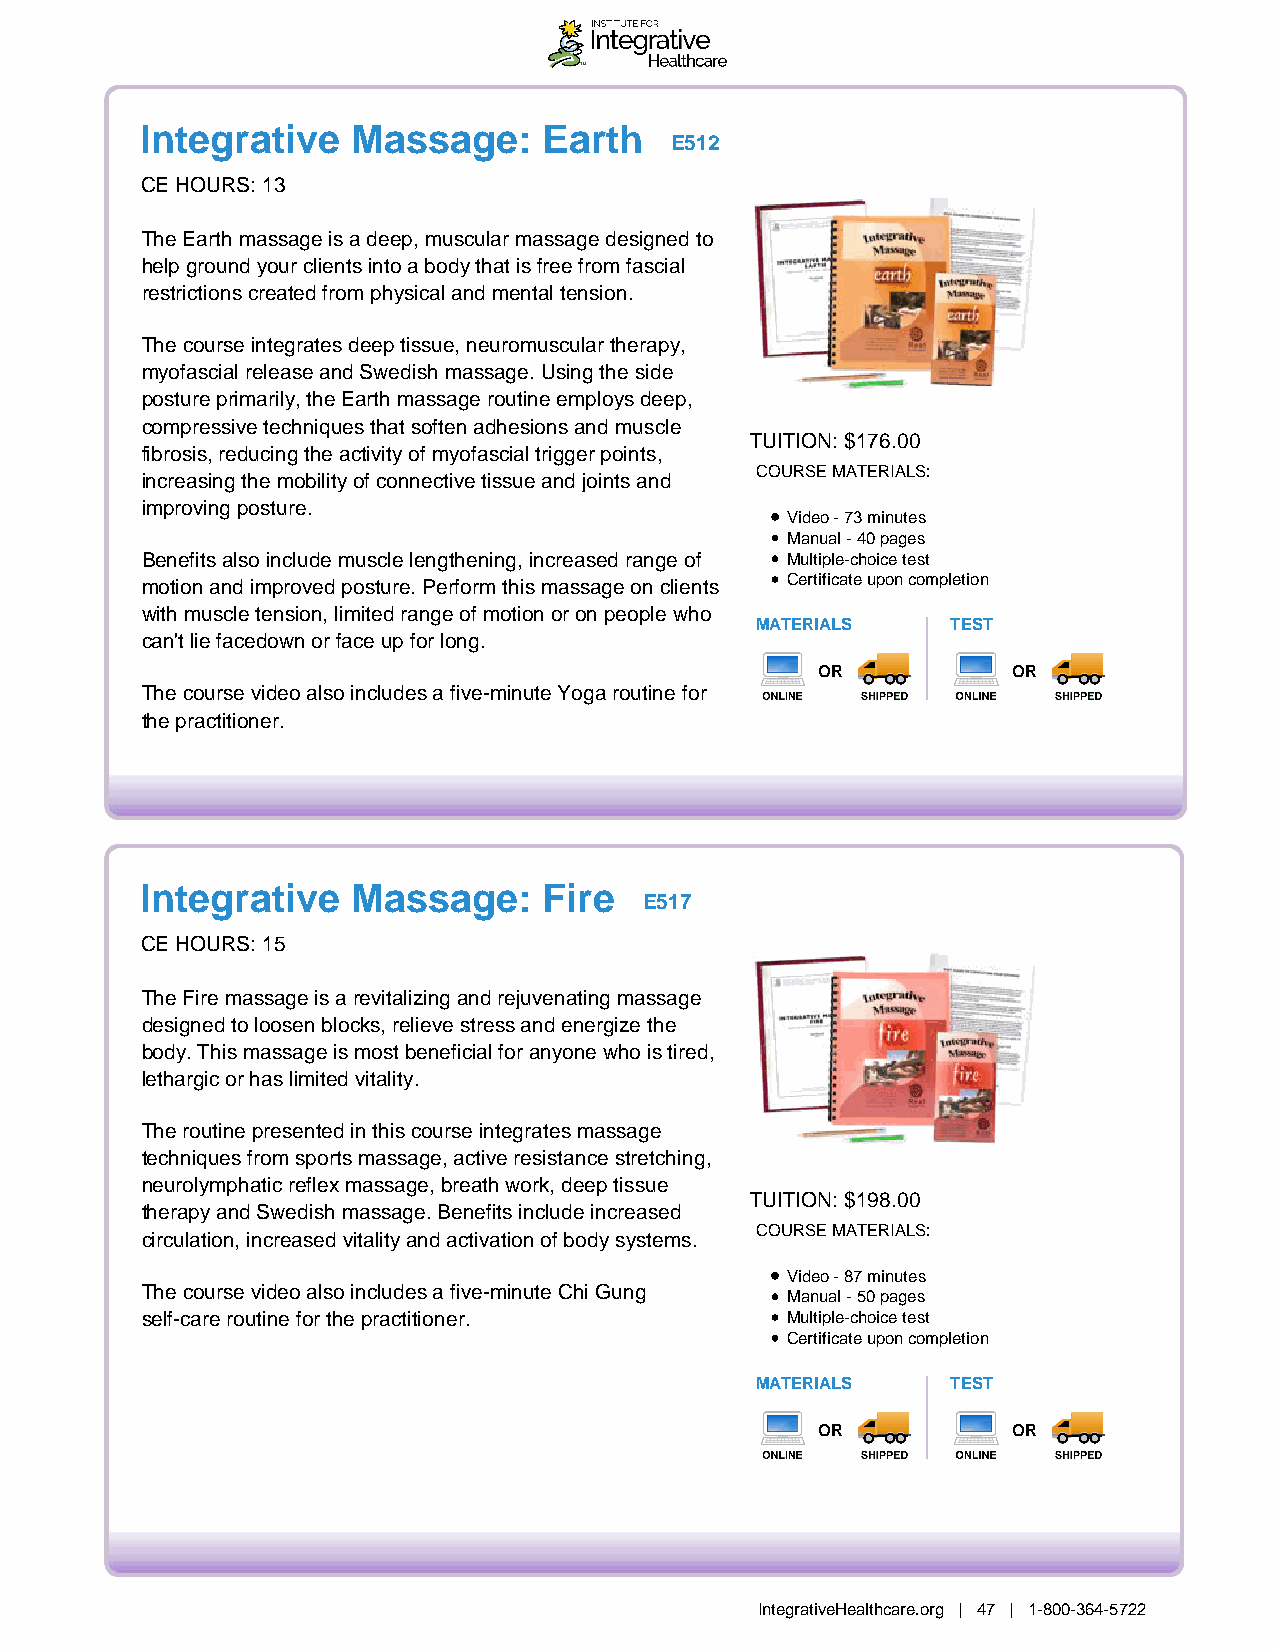
Integrative   Massage:     Earth
 E512
 CE HOURS: 13
 The Earth massage is a deep, muscular massage designed to
 help ground your clients into a body that is free from fascial
 restrictions created from physical and mental tension.
 The course integrates deep tissue, neuromuscular therapy,
 myofascial release and Swedish massage. Using the side
 posture primarily, the Earth massage routine employs deep,
 compressive techniques that soften adhesions and muscle
 TUITION: $176.00
 fibrosis, reducing the activity of myofascial trigger points,
 COURSE MATERIALS:
 increasing the mobility of connective tissue and joints and
 improving posture.
 Video - 73 minutes
 Manual - 40 pages
 Benefits also include muscle lengthening, increased range of Multiple-choice test
 motion and improved posture. Perform this massage on clients Certificate upon completion
 with muscle tension, limited range of motion or on people who
 MATERIALS    TEST
 can't lie facedown or face up for long.
 OR           OR
 The course video also includes a five-minute Yoga routine for
 the practitioner.
 Integrative   Massage:     Fire
 E517
 CE HOURS: 15
 The Fire massage is a revitalizing and rejuvenating massage
 designed to loosen blocks, relieve stress and energize the
 body. This massage is most beneficial for anyone who is tired,
 lethargic or has limited vitality.
 The routine presented in this course integrates massage
 techniques from sports massage, active resistance stretching,
 neurolymphatic reflex massage, breath work, deep tissue
 TUITION: $198.00
 therapy and Swedish massage. Benefits include increased
 COURSE MATERIALS:
 circulation, increased vitality and activation of body systems.
 Video - 87 minutes
 The course video also includes a five-minute Chi Gung
 Manual - 50 pages
 self-care routine for the practitioner.    Multiple-choice test
 Certificate upon completion
 MATERIALS    TEST
 OR           OR
 IntegrativeHealthcare.org | 47 | 1-800-364-5722